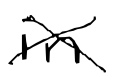
Text: in
Cross-out: mix
Writing tool: digital_black